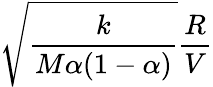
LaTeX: \sqrt{\frac{k}{M\alpha(1-\alpha)}}\frac{R}{V}